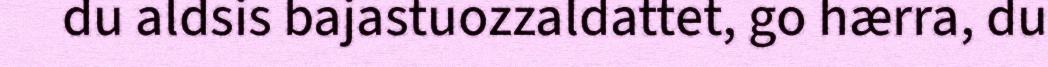
du aldsis bajastuozzaldattet, go hærra, du